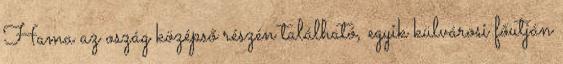
Hama az oszág középső részén található, egyik külvárosi főutján